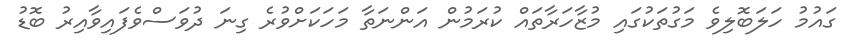
ގައުމު ހަލަބޮލިވެ މަގުތަކުގައި މުޒާހަރާތައް ކުރަމުން އަންނަތާ މަހަކަށްވުރެ ގިނަ ދުވަސްވެފައިވާއިރު ބޮޑު